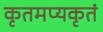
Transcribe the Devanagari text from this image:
कृतमप्यकृतं